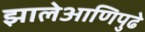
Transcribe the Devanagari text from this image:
झालेआणिपुढे